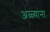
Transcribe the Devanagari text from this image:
अळ्यांना